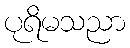
ပုရိမသညာ